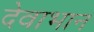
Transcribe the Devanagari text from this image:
देवाभान